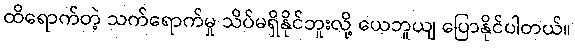
ထိရောက်တဲ့ သက်ရောက်မှု သိပ်မရှိနိုင်ဘူးလို့ ယေဘူယျ ပြောနိုင်ပါတယ်။